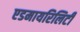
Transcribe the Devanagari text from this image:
एडमायरिलिटी